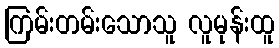
ကြမ်းတမ်းသောသူ လူမုန်းထူ